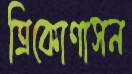
ত্রিকোণাসন